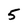
Character: 5